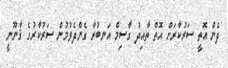
ދެން އޮތީ ސަރުކާރަށް އޮތް ތާއިދު ގާސިމް އަނބުރާ ގެންދެވުމުން ސަރުކާރުގެ ޤާނޫނީ